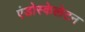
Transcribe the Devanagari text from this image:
एंडोस्केलेटन